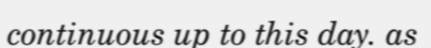
continuous up to this day. as